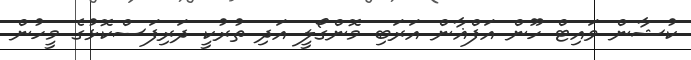
ކުޝާން ވައިޓް ހޫން އަފްޣާން އަރަބި މޮންގޯލީ އަދި ތުރުކީ ދަރިފަސްކޮޅުގެ މީހުން